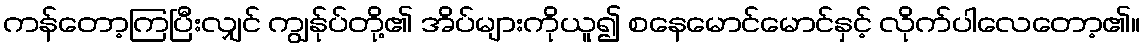
ကန်တော့ကြပြီးလျှင် ကျွန်ုပ်တို့၏ အိပ်များကိုယူ၍ စနေမောင်မောင်နှင့် လိုက်ပါလေတော့၏။